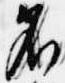
名